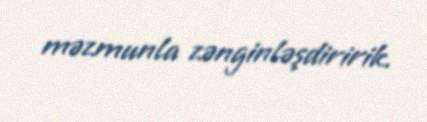
məzmunla zənginləşdiririk.